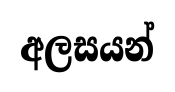
අලසයන්